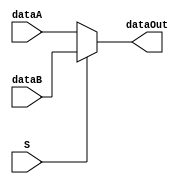
`timescale 1ns/1ns
module m21( dataA,dataB,S,dataOut);

output dataOut ;
input dataA, dataB, S ;

assign dataOut = (S) ? dataB : dataA ;

endmodule